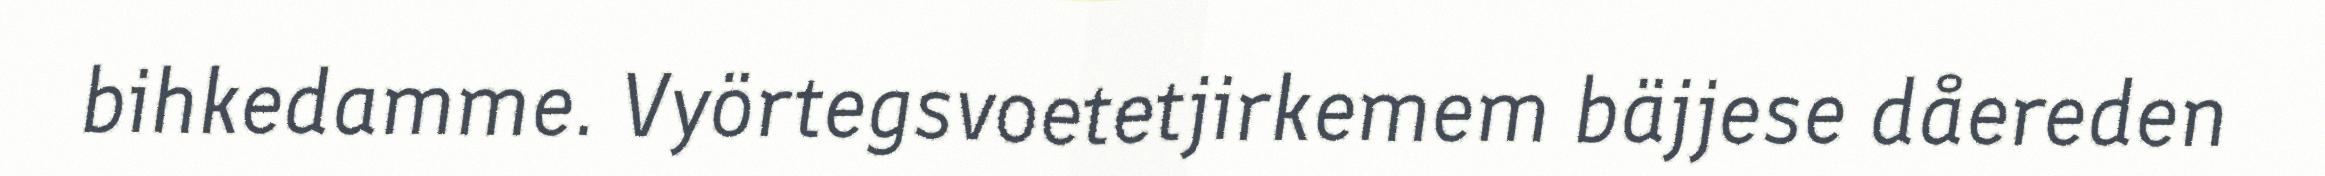
bihkedamme. Vyörtegsvoetetjirkemem bäjjese dåereden